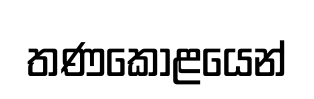
තණකොළයෙන්